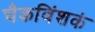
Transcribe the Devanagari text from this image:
चैकविंशकं